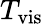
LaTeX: T_{\mathrm{vis}}